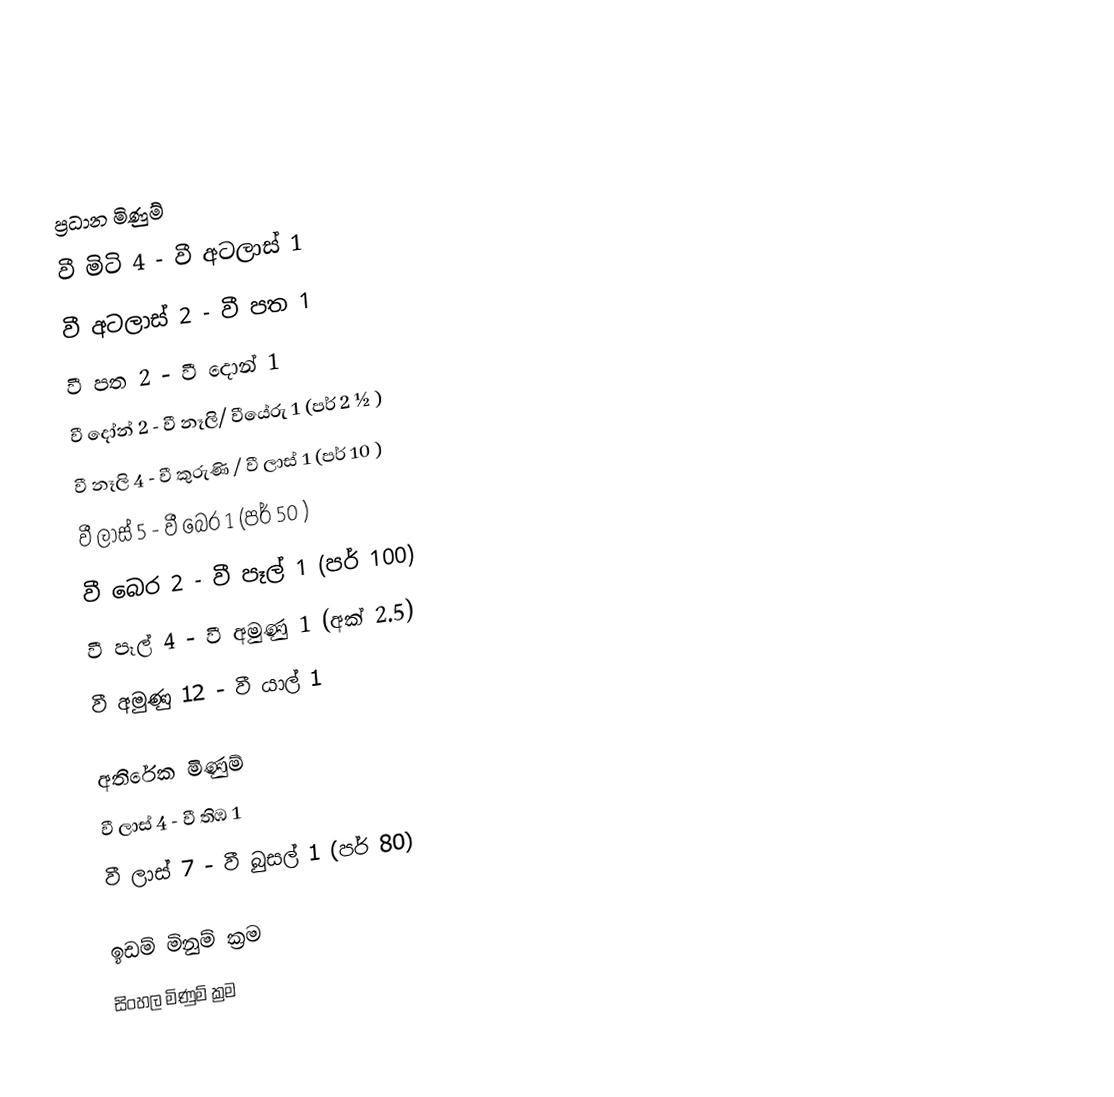

ප්‍රධාන මිණුම්
වී මිටි 4			 -	වී අටලාස් 1
වී අටලාස්  2			 -	වී පත 1
වී පත 2 			 -	වී දොන්	1
වී දෝන් 2			 -	වී නෑලි/ වීයේරු 1	(පර් 2 ½ )
වී නෑලි 4 			 -	වී කුරුණි / වී ලාස්  1 (පර් 10 )
වී ලාස් 5 			 -	වී බෙර 1 	(පර් 50 )
වී බෙර 2 			 -	වී පෑල් 1	(පර් 100)
වී පෑල් 4			 -	වී අමුණු 1	(අක් 2.5)
වී අමුණු 12			 -	වී යාල් 1

අතිරේක මිණුම්
වී ලාස් 4			-	වී තිඹ 1
වී ලාස් 7			- 	වී බුසල් 1 (පර් 80)

ඉඩම් මිනුම් ක්‍රම
සිංහල මිණුම් ක්‍රම